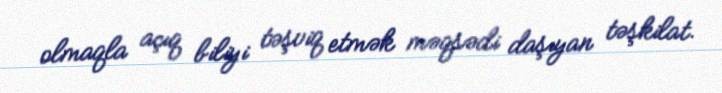
olmaqla açıq biliyi təşviq etmək məqsədi daşıyan təşkilat.